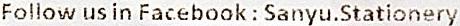
FOLLOW US IN FACEBOOK : SANYU.STATIONERY